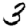
Digit: 3